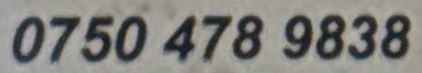
0750 478 9838